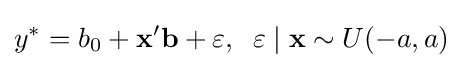
y^{*}=b_{0}+\mathbf {x} '\mathbf {b} +\varepsilon ,\;\;\varepsilon \mid \mathbf {x} \sim U(-a,a)